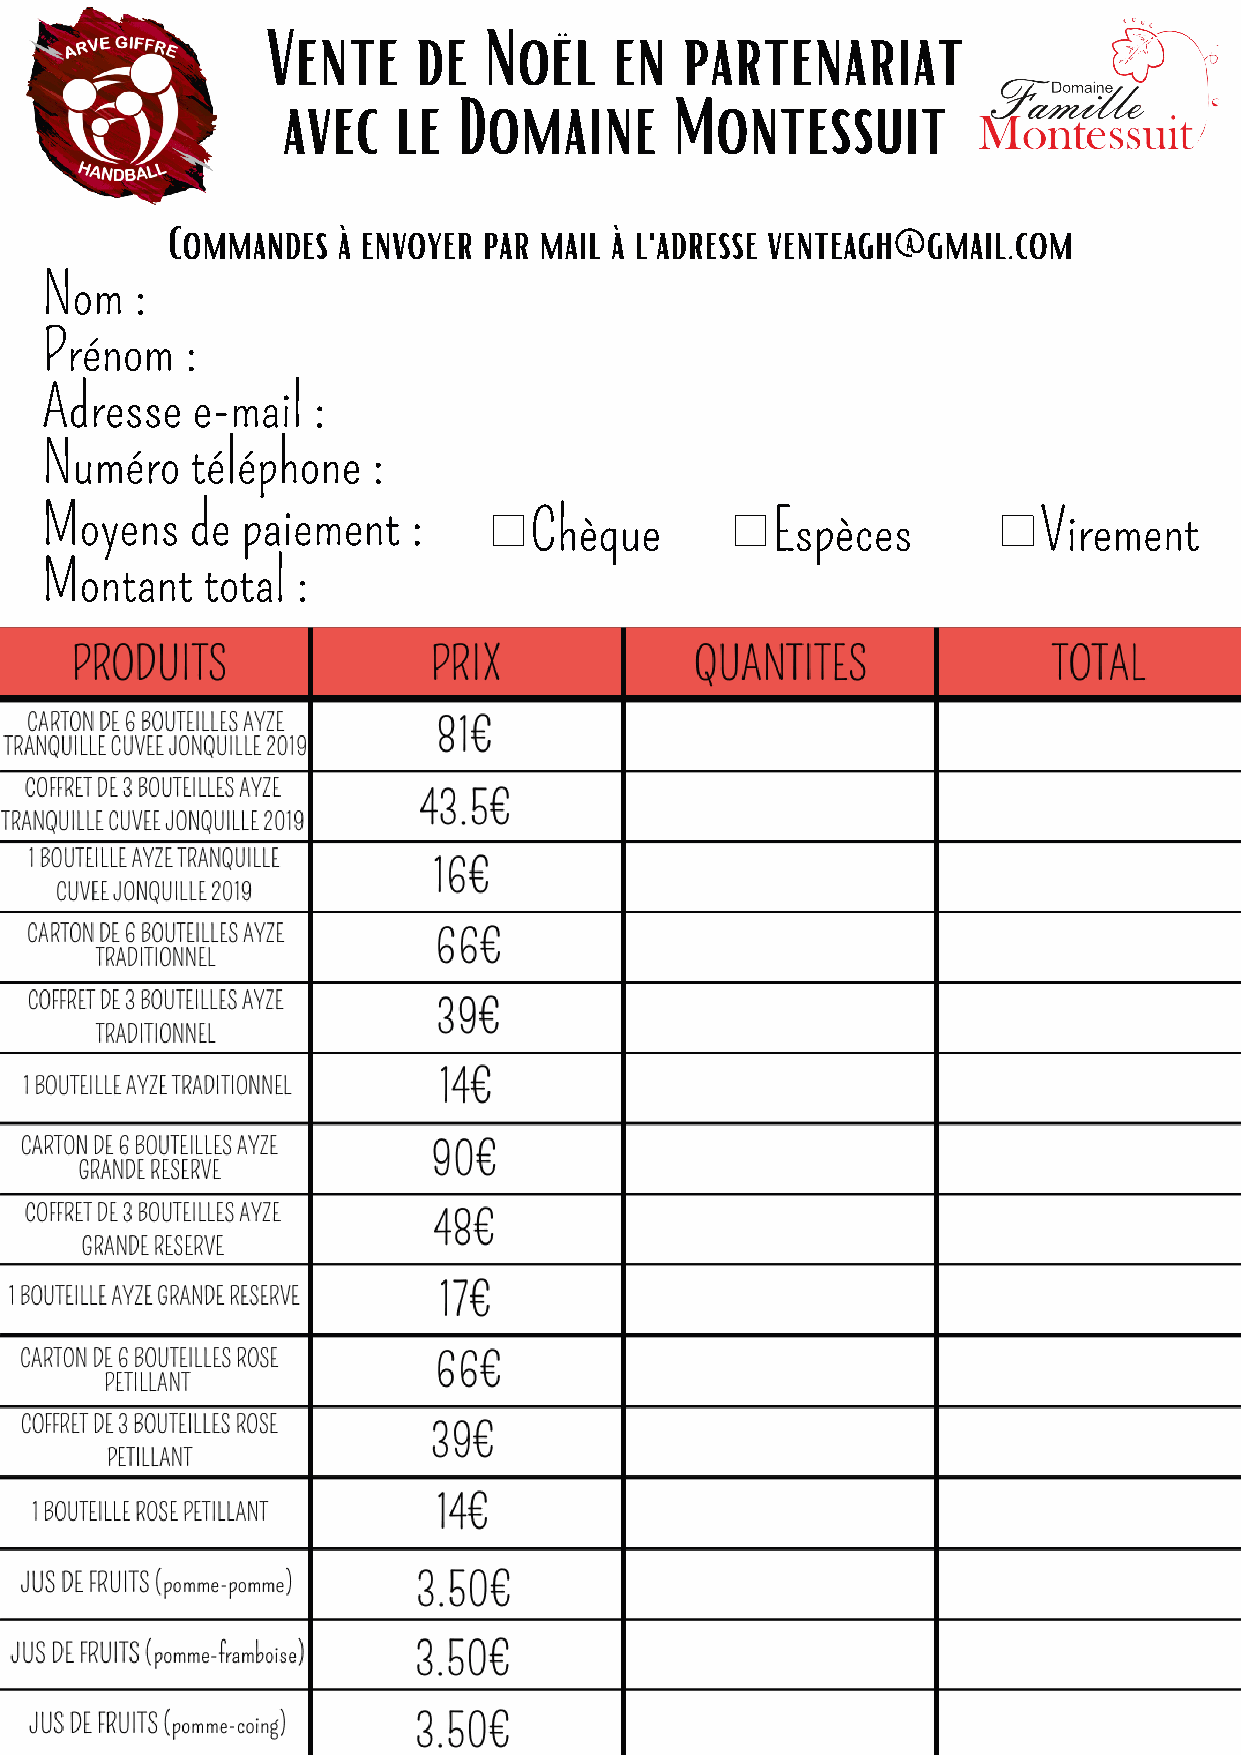
Vente    de   Noël     en  partenariat
 avec   le  Domaine        Montessuit
 Commandes  à envoyer par mail à l'adresse venteagh@gmail.com
 Nom   :
 Prénom   :
 Adresse   e-mail  :
 Numéro    téléphone   :
 Moyens    de paiement   :       Chèque          Espèces           Virement
 Montant   total  :